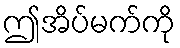
ဤအိပ်မက်ကို